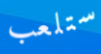
ستلعب